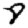
Digit: 8